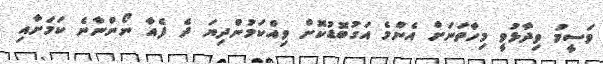
ވަސީމު ވިދާޅުވީ މިހާތަނަށް އެންމެ އަގުބޮޑުކޮށް ވިއްކަމުންދިޔަ ދެ ފެއާ ނޯންނާނެ ކަމަށާއި